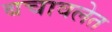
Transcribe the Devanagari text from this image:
बचावलेत